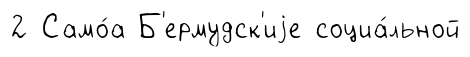
2 Само́а Б'ермудск'иjе социа́льной